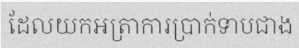
ដែលយកអត្រាការប្រាក់ទាបជាង